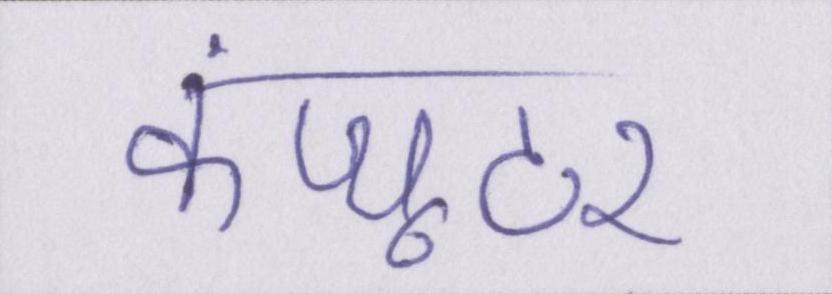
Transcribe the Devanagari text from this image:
कंप्यूटर